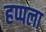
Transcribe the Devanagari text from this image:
हप्पला